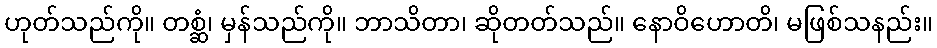
ဟုတ်သည်ကို။ တစ္ဆံ၊ မှန်သည်ကို။ ဘာသိတာ၊ ဆိုတတ်သည်။ နောဝိဟောတိ၊ မဖြစ်သနည်း။